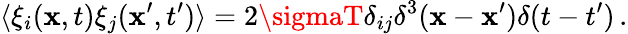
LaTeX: \langle\xi_{i}(\mathbf{x},t)\xi_{j}(\mathbf{x}^{\prime},t^{\prime})\rangle=2\sigmaT\delta_{ij}\delta^{3}(\mathbf{x}-\mathbf{x}^{\prime})\delta(t-t^{\prime})\, .